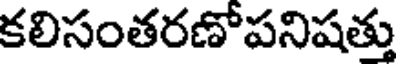
కలిసంతరణోపనిషత్తు